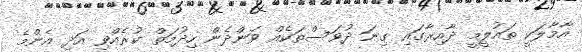
އާމާލަކީ ތައުލީމީ ދާއިރާގައި ގިނަ ދުވަސްތަކެއް ވަންދެން ހިދުމަތް ކުރެއްވި އަދި އެންމެ